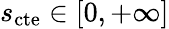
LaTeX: s_{\mathrm{cte}}\in[0,+\infty]